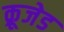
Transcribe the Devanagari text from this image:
क्रूजेड